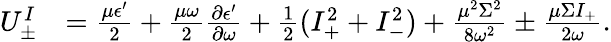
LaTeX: \begin{array}{rl}{U_{\pm}^{I}}&{=\frac{\mu\epsilon^{\prime}}{2}+\frac{\mu\omega}{2}\frac{\partial\epsilon^{\prime}}{\partial\omega}+\frac{1}{2}(I_{+}^{2}+I_{-}^{2})+\frac{\mu^{2}\Sigma^{2}}{8\omega^{2}}\pm\frac{\mu\Sigma I_{+}}{2\omega}.}\end{array}